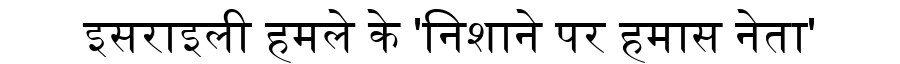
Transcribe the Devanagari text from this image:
इसराइली हमले के 'निशाने पर हमास नेता'